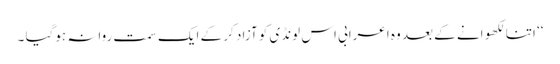
‘‘ اتنا لکھو انے کے بعد وہ اعرابی اس لونڈی کو آزاد کر کے ایک سمت روانہ ہوگیا ۔